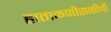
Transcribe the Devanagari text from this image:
हाताळणीसाठीची